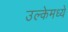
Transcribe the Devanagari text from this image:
उल्केमध्ये